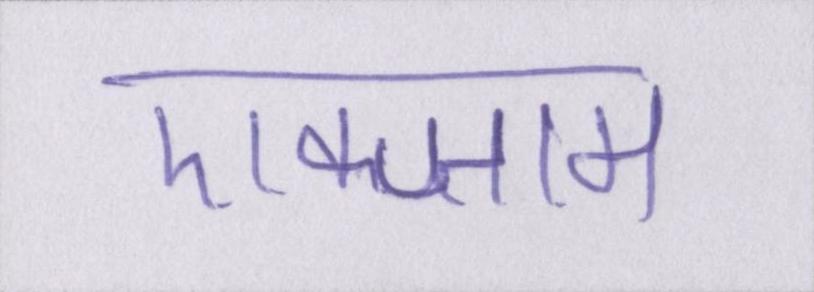
एक्जाम